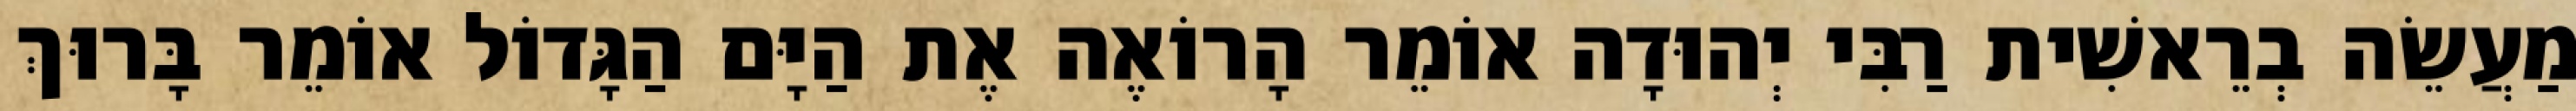
מַעֲשֵׂה בְרֵאשִׁית רַבִּי יְהוּדָה אוֹמֵר הָרוֹאֶה אֶת הַיָּם הַגָּדוֹל אוֹמֵר בָּרוּךְ